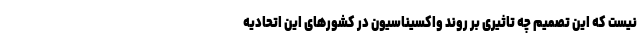
نیست که این تصمیم چه تاثیری بر روند واکسیناسیون در کشورهای این اتحادیه